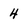
Character: 4